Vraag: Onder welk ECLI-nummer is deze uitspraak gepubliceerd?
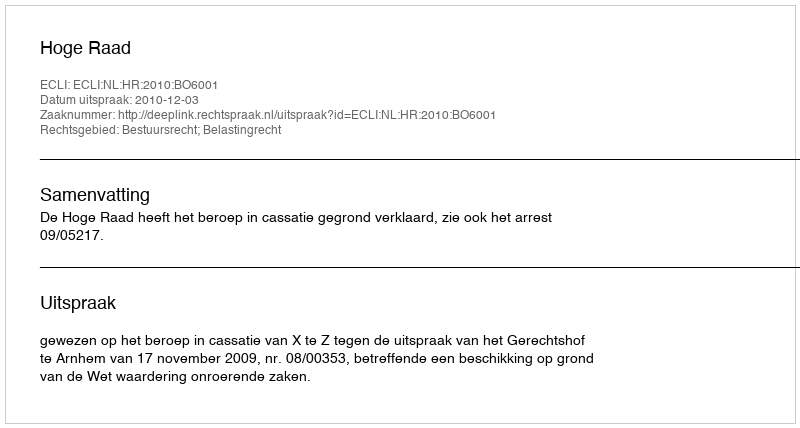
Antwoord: ECLI:NL:HR:2010:BO6001